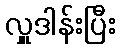
လှူဒါန်းပြီး